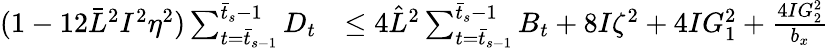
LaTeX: \begin{array}{rl}{(1-12\bar{L}^{2}I^{2}\eta^{2})\sum_{t=\bar{t}_{s-1}}^{\bar{t}_{s}-1}D_{t}}&{\leq 4\hat{L}^{2}\sum_{t=\bar{t}_{s-1}}^{\bar{t}_{s}-1}B_{t}+8I\zeta^{2}+4IG_{1}^{2}+\frac{4IG_{2}^{2}}{b_{x}}}\end{array}